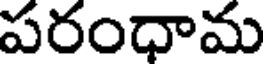
పరంధామ